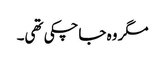
مگر وہ جاچکی تھی۔